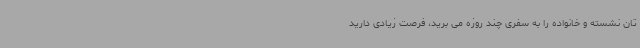
تان نشسته و خانواده را به سفری چند روزه می برید، فرصت زیادی دارید